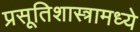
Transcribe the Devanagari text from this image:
प्रसूतिशास्त्रामध्ये